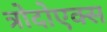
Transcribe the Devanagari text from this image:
त्रोदोएक्स